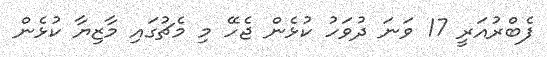
ފެބްރުއަރީ 17 ވަނަ ދުވަހު ކުޅެން ޖެހޭ މި މެޗުގައި މާޒިޔާ ކުޅެން